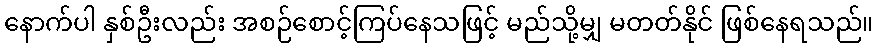
နောက်ပါ နှစ်ဦးလည်း အစဉ်စောင့်ကြပ်နေသဖြင့် မည်သို့မျှ မတတ်နိုင် ဖြစ်နေရသည်။